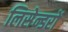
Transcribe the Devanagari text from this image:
लिसेन्डरों